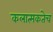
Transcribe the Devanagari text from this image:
कलात्मकतेच